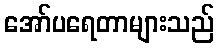
အော်ပရေတာများသည်